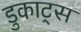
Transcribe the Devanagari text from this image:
डुकाट्स